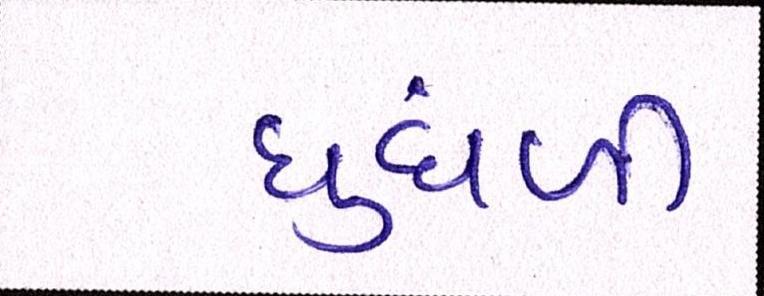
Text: ધુંધળી